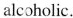
alcholic.